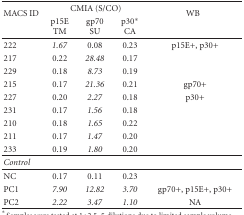
<table><thead><tr><td rowspan="2"><b>MACS ID</b></td><td colspan="3"><b>CMIA (S/CO)</b></td><td rowspan="2"><b>WB</b></td></tr><tr><td><b>p15E TM</b></td><td><b>gp70 SU</b></td><td><b>p30*CA</b></td></tr></thead><tbody><tr><td>222</td><td><i>1.67</i></td><td>0.08</td><td>0.23</td><td>p15E+, p30+</td></tr><tr><td>217</td><td>0.22</td><td><i>28.48</i></td><td>0.17</td><td></td></tr><tr><td>229</td><td>0.18</td><td><i>8.73</i></td><td>0.19</td><td></td></tr><tr><td>215</td><td>0.17</td><td><i>21.36</i></td><td>0.21</td><td>gp70+</td></tr><tr><td>227</td><td>0.20</td><td><i>2.27</i></td><td>0.18</td><td>p30+</td></tr><tr><td>231</td><td>0.17</td><td><i>1.56</i></td><td>0.18</td><td></td></tr><tr><td>210</td><td>0.18</td><td><i>1.65</i></td><td>0.22</td><td></td></tr><tr><td>211</td><td>0.17</td><td><i>1.47</i></td><td>0.20</td><td></td></tr><tr><td>233</td><td>0.19</td><td><i>1.80</i></td><td>0.20</td><td> </td></tr><tr><td><i>Control</i></td><td></td><td></td><td></td><td> </td></tr><tr><td>NC</td><td>0.17</td><td>0.11</td><td>0.23</td><td></td></tr><tr><td>PC1</td><td><i>7.90</i></td><td><i>12.82</i></td><td><i>3.70</i></td><td>gp70+, p15E+, p30+</td></tr><tr><td>PC2</td><td><i>2.22</i></td><td><i>3.47</i></td><td><i>1.10</i></td><td>NA</td></tr></tbody></table>